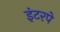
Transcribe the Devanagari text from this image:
इंटरपे